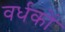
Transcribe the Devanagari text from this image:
वर्धकों